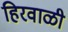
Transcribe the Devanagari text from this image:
हिरवाळी